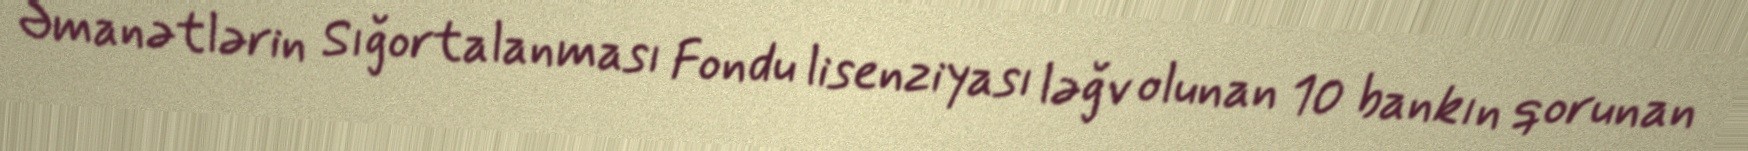
Əmanətlərin Sığortalanması Fondu lisenziyası ləğv olunan 10 bankın qorunan